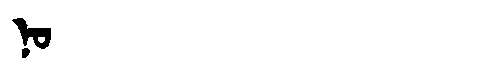
Manchu: ᠨᠣ
Romanization: NO